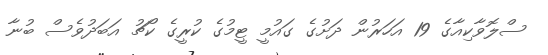
ސްލޮވާކިއާގެ 19 އަހަރުން ދަށުގެ ގައުމީ ޓީމުގެ ކުރީގެ ކޯޗު އަބަދުވެސް ބުނާ